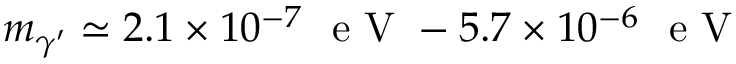
m _ { \gamma ^ { \prime } } \simeq 2 . 1 \times 1 0 ^ { - 7 } \ \mathrm { ~ e ~ V ~ } - 5 . 7 \times 1 0 ^ { - 6 } \ \mathrm { ~ e ~ V ~ }